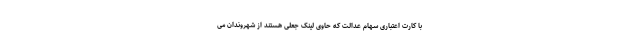
با کارت اعتباری سهام عدالت که حاوی لینک جعلی هستند از شهروندان می